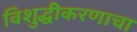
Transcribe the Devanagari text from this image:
विशुद्धीकरणाचा